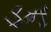
ડન